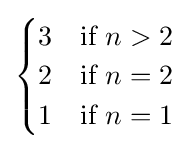
{\begin{cases}3&{\text{if }}n>2\\2&{\text{if }}n=2\\1&{\text{if }}n=1\end{cases}}